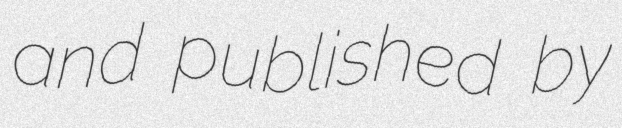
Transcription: and published by